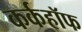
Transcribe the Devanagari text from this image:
कर्कहॉफ